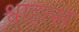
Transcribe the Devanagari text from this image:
श्वाइत्स